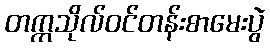
တက္ကသိုလ်ဝင်တန်းစာမေးပွဲ